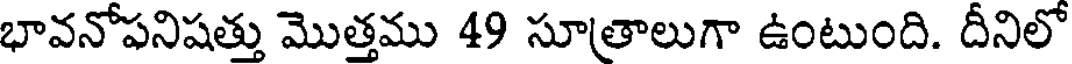
భావనోపనిషత్తు మొత్తము 49 సూత్రాలుగా ఉంటుంది. దీనిలో